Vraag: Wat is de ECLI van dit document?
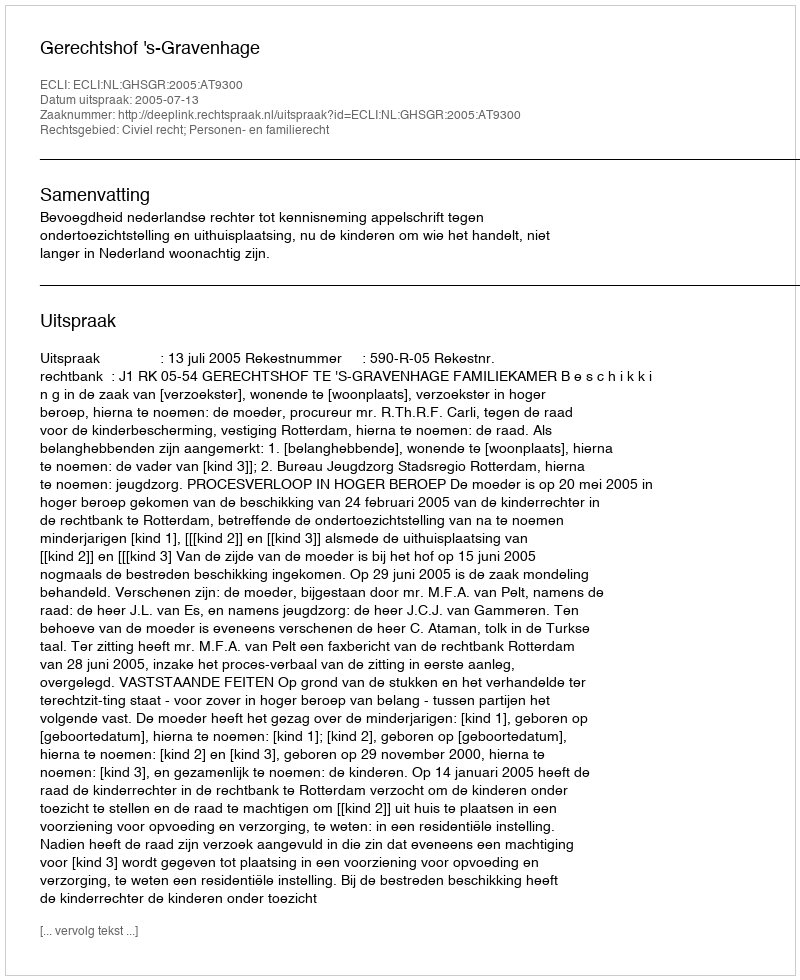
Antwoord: ECLI:NL:GHSGR:2005:AT9300